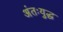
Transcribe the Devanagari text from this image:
अंतःयुद्ध